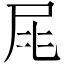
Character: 㞑